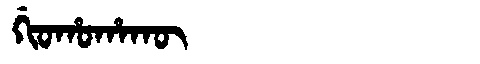
Manchu: ᡤᡳᠣᡥᠣᡥᠠᡴᡡ
Romanization: GIOHOHAKŪ